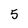
Character: 5